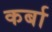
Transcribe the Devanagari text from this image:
कर्बा